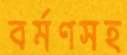
বর্মণসহ